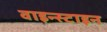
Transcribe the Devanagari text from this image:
वाइन्स्टाइन